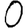
Digit: 0